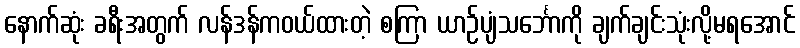
နောက်ဆုံး ခရီးအတွက် လန်ဒန်ကဝယ်ထားတဲ့ စကြာ ယာဉ်ပျံသင်္ဘောကို ချက်ချင်းသုံးလို့မရအောင်